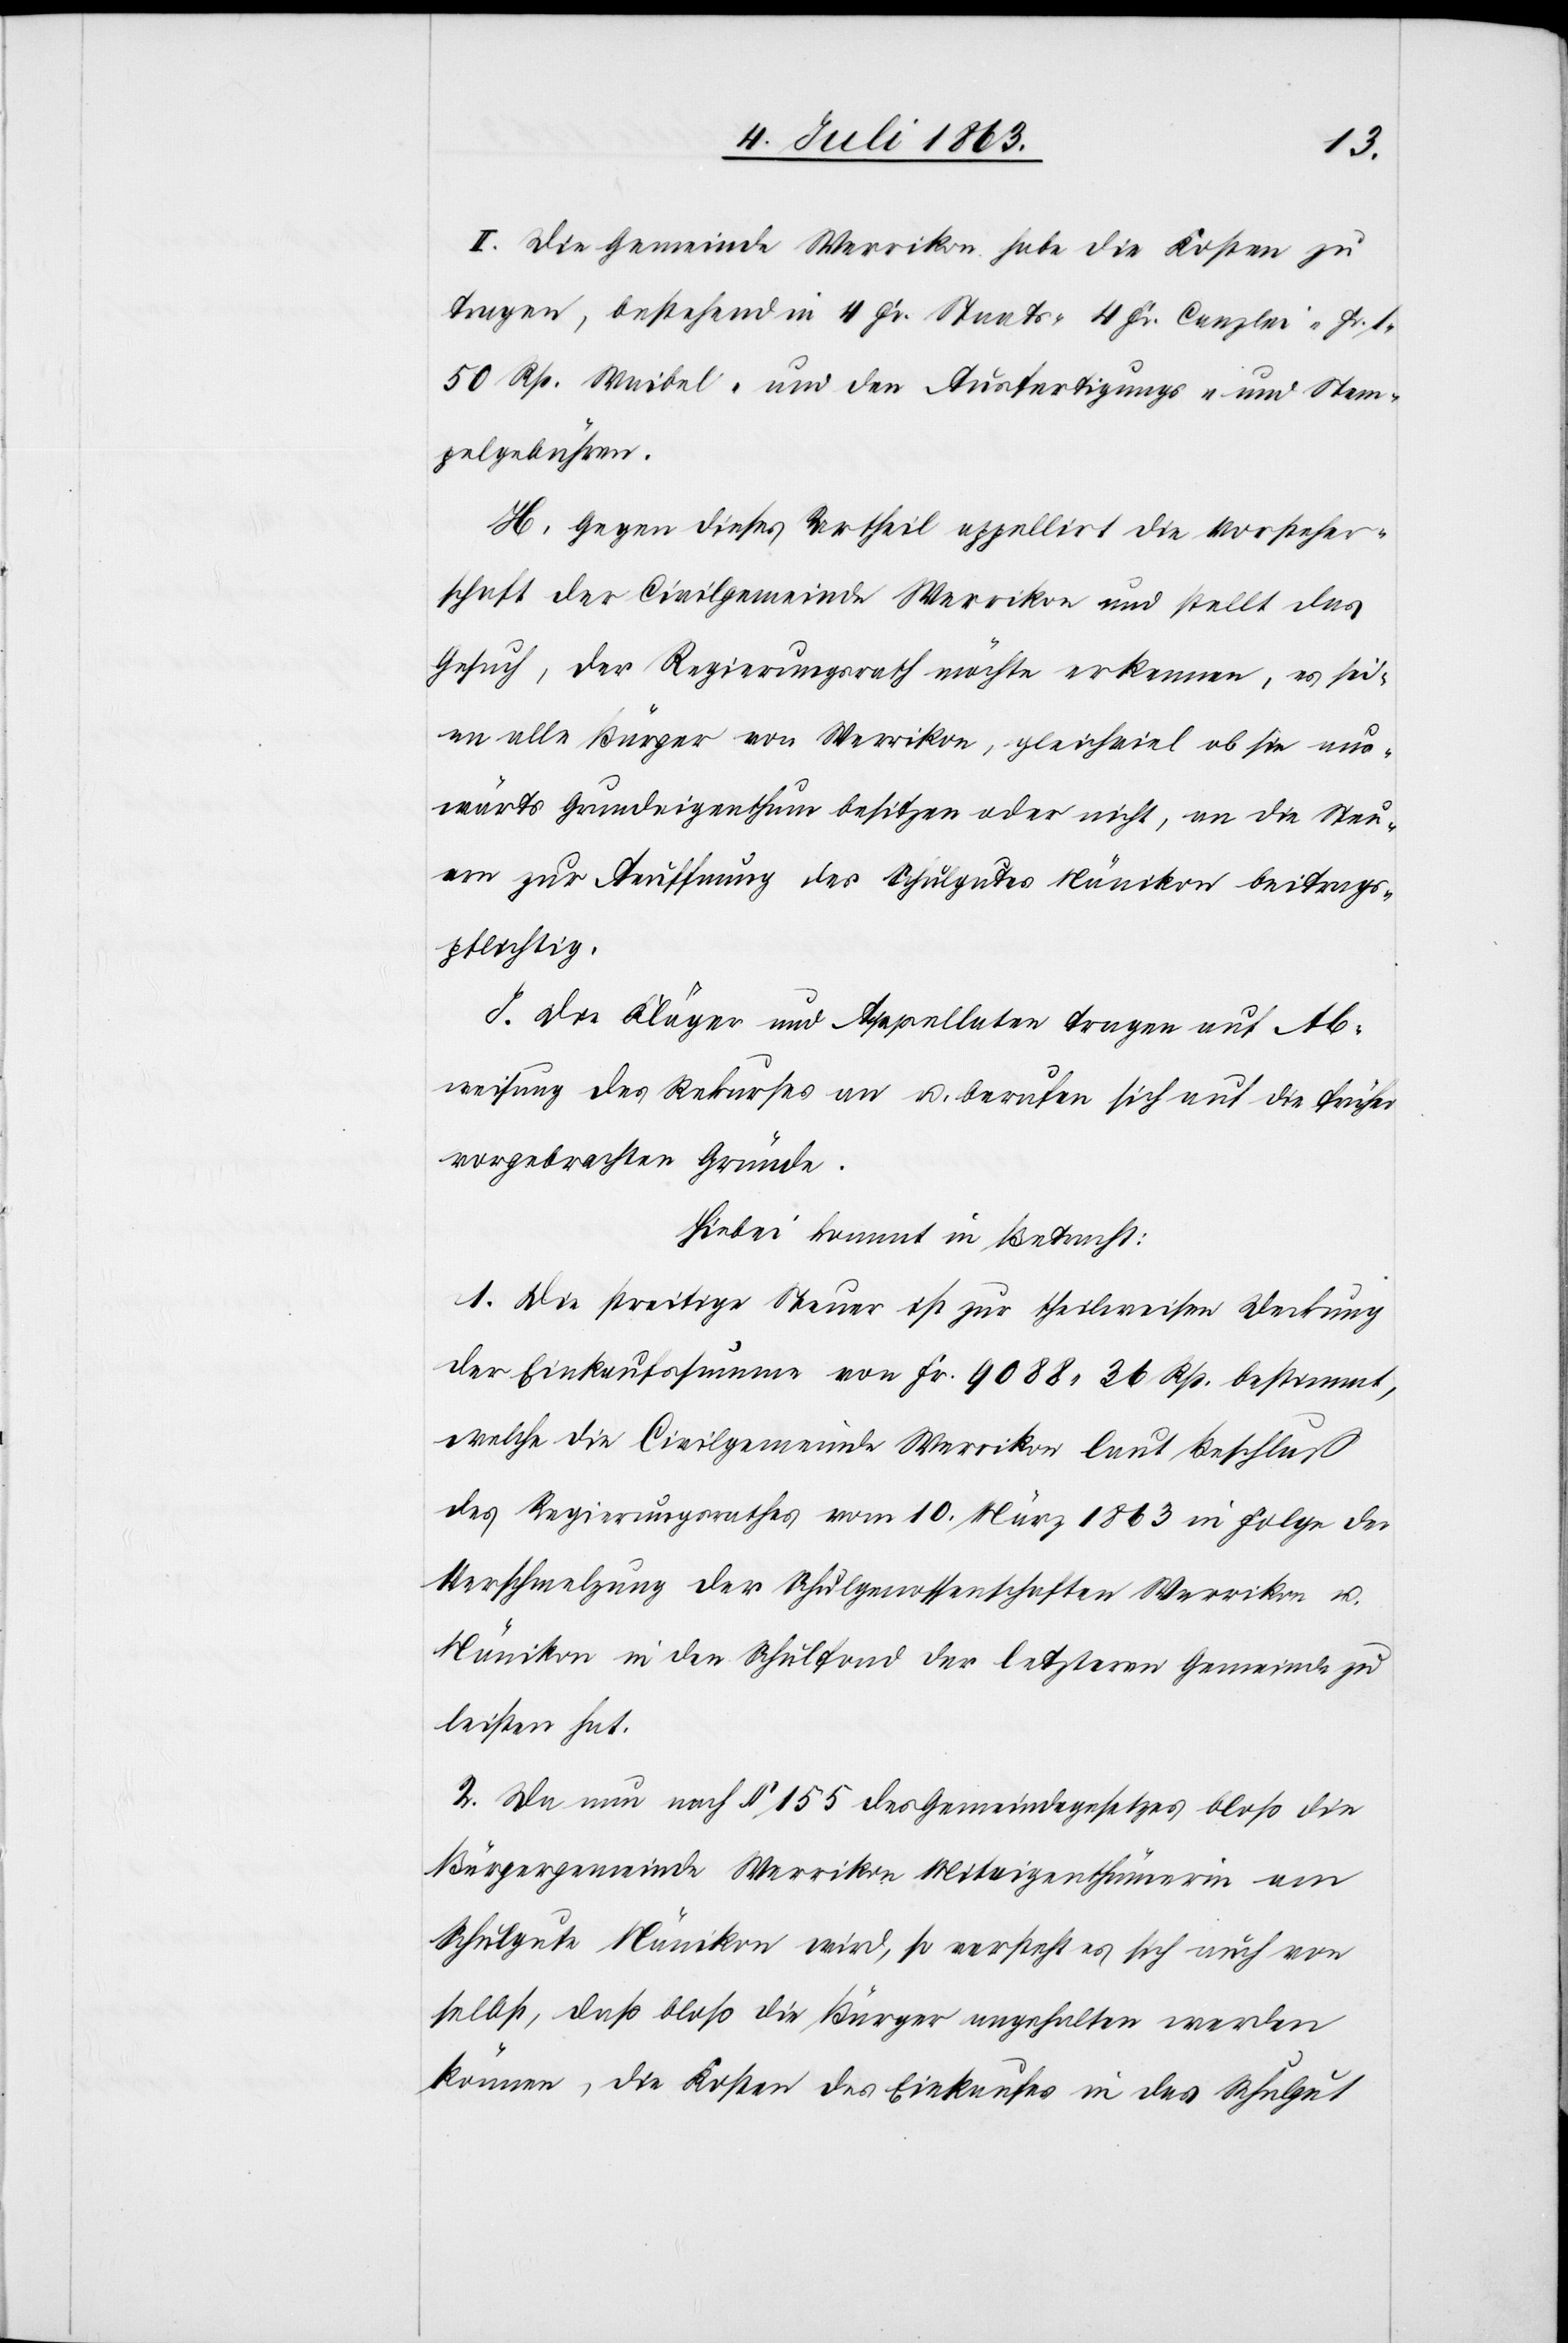
II. Die Gemeinde Werrikon habe die Kosten zu
tragen, bestehend in 4 Fr. Staats-[,] 4 Fr. Canzlei-[,] Fr. 1.
50 Rp. Waibel- und den Ausfertigungs- und Stem¬
pelgebühren.
H. Gegen dieses Urtheil appellirt die Vorsteher¬
schaft der Civilgemeinde Werrikon und stellt das
Gesuch, der Regierungsrath möchte erkennen, es sei¬
en alle Bürger von Werrikon, gleichviel ob sie aus¬
wärts Grundeigenthum besitzen oder nicht, an die Steu¬
ern zur Aeuffnung des Schulgutes Nänikon beitrags¬
pflichtig.
J. Die Kläger und Appellaten tragen auf Ab¬
weisung des Rekurses an u. berufen sich auf die früher
vorgebrachten Gründe.
Hiebei kommt in Betracht:
1. Die streitige Steuer ist zur theilweisen Deckung
der Einkaufssumme von Fr. 9088. 36 Rp. bestimmt,
welche die Civilgemeinde Werrikon laut Beschluß
des Regierungsrathes vom 10. März 1863 in Folge der
Verschmelzung der Schulgenossenschaften Werrikon u.
Nänikon in den Schulfond der letzteren Gemeinde zu
leisten hat.
2. Da nun nach § 155 des Gemeindegesetzes bloß die
Bürgergemeinde Werrikon Miteigenthümerin am
Schulgute Nänikon wird, so versteht es sich auch von
selbst, daß bloß die Bürger angehalten werden
können, die Kosten des Einkaufes in das Schulgut